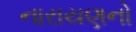
નારાયણનો